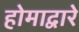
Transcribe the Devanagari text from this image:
होमाद्वारे